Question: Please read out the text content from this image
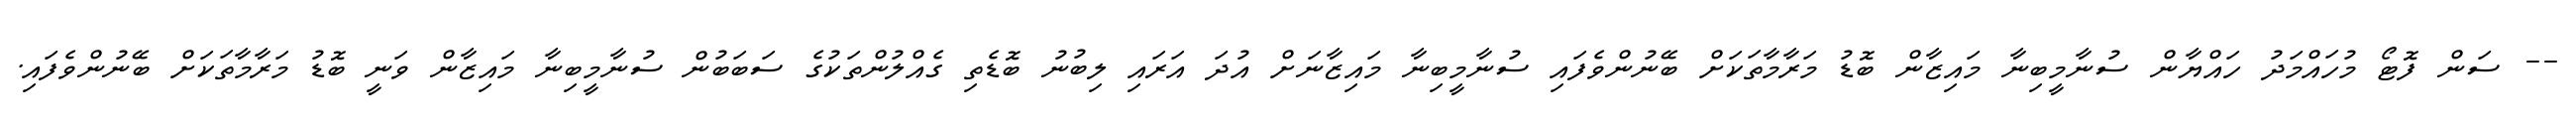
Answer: -- ސަން ފޮޓޯ މުހައްމަދު ހައްޔާން ސުނާމީބިނާ މައިޒާން ބޮޑު މަރާމާތަކަށް ބޭނުންވެފައި ސުނާމީބިނާ މައިޒާނަށް އުދަ އަރައި ލިބުނު ބޮޑެތި ގެއްލުންތަކުގެ ސަބަބުން ސުނާމީބިނާ މައިޒާން ވަނީ ބޮޑު މަރާމާތަކަށް ބޭނުންވެފައި.